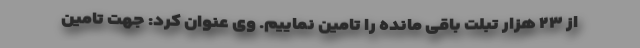
از ۲۳ هزار تبلت باقی مانده را تامین نماییم. وی عنوان کرد: جهت تامین